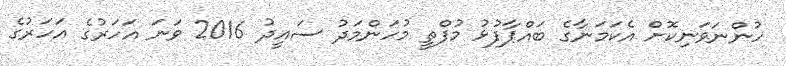
ހުންނަވަނިކޮށް އެކަމަނާގެ ބައްޕާފުޅު މުފްތީ މުހަންމަދު ސައީދު 2016 ވަނަ އަހަރުގެ އަހަރުގެ